Report on lock hospitals in British Burma
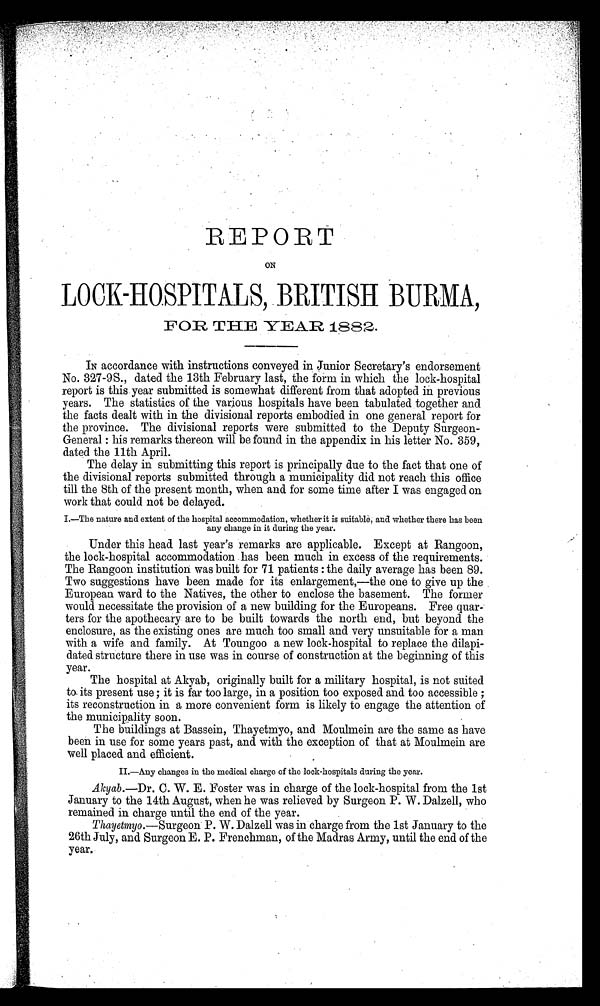
REPORT
ON
LOCK-HOSPITALS, BRITISH BURMA,
FOR THE YEAR 1882.
IN accordance with instructions conveyed in Juniors Secretary's endorsement
No. 327-9S., dated the 13th February last, the form in which the lock-hospital
report is this year submitted is somewhat different from that adopted in previous
years. The statistics of the various hospitals have been tabulated together and
the facts dealt with in the divisional reports embodied in one general report for
the province. The divisional reports were submitted to the Deputy Surgeon-
General : his remarks thereon will be found in the appendix in his letter No. 359,
dated the 11th April.
The delay in submitting this report is principally due to the fact that one of
the divisional reports submitted through a municipality did not reach this office
till the 8th of the present month, when and for some time after I was engaged on
work that could not be delayed.
I.—The nature and extent of the hospital accommodation, whether it is suitable, and whether there has been
any change in it during the year.
Under this head last year's remarks are applicable. Except at Rangoon,
the lock-hospital accommodation has been much in excess of the requirements.
The Rangoon institution was built for 71 patients : the daily average has been 89.
Two suggestions have been made for its enlargement,—the one to give up the
European ward to the Natives, the other to enclose the basement. The former
would necessitate the provision of a new building for the Europeans. Free quar
ters for the apothecary are to be built towards the north end, but beyond the
enclosure, as the existing ones are much too small and very unsuitable for a man
with a wife and family. At Toungoo a new lock-hospital to replace the dilapi-
dated structure there in use was in course of construction at the beginning of this
year.
The hospital at Akyab, originally built for a military hospital, is not suited
to its present use ; it is far too large, in a position too exposed and too accessible ;
its reconstruction in a more convenient form is likely to engage the attention of
the municipality soon.
The buildings at Bassein, Thayetmyo, and Moulmein are the same as have
been in use for some years past, and with the exception of that at Moulmein are
well placed and efficient.
II.—Any changes in the medical charge of the lock-hospitals during the year.
Akyab. —Dr. C. W. E. Foster was in charge of the lock-hospital from the 1st
January to the 14th August, when he was relieved by Surgeon P. W. Dalzell, who
remained in charge until the end of the year.
Thayetmyo.—Surgeon P. W. Dalzell was in charge from the 1st January to the
26th July, and Surgeon E. P. Frenchman, of the Madras Army, until the end of the
year.